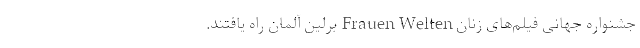
جشنواره جهانی فیلم‌های زنان Frauen Welten برلین آلمان راه یافتند.